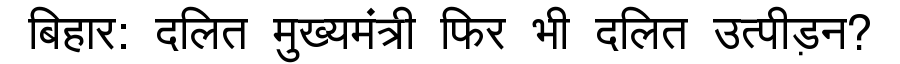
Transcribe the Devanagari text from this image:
बिहार: दलित मुख्यमंत्री फिर भी दलित उत्पीड़न?